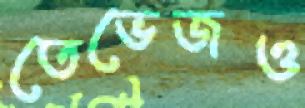
তেভেজও